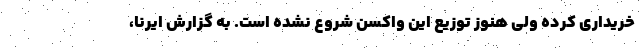
خریداری کرده ولی هنوز توزیع این واکسن شروع نشده است. به گزارش ایرنا،